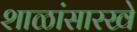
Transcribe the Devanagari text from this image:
शाळांसारखे